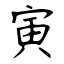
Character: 寅